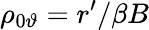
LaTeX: \rho_{0\vartheta}=r^{\prime}/\beta B